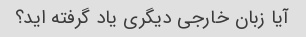
آیا زبان خارجی دیگری یاد گرفته اید؟